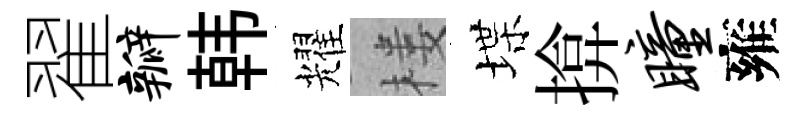
翟瓣韩耀楼堞揜瞳雍